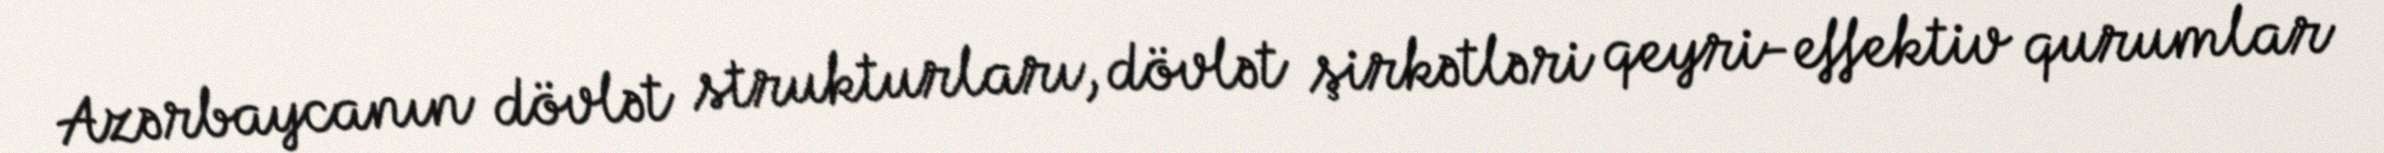
Azərbaycanın dövlət strukturları, dövlət şirkətləri qeyri-effektiv qurumlar